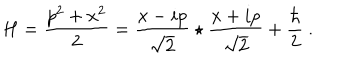
H = { \frac { p ^ { 2 } + x ^ { 2 } } { 2 } } = \frac { x - i p } { \sqrt { 2 } } \star \frac { x + i p } { \sqrt { 2 } } + { \frac { \hbar } { 2 } } ~ .